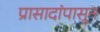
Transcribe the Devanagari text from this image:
प्रासादांपासून